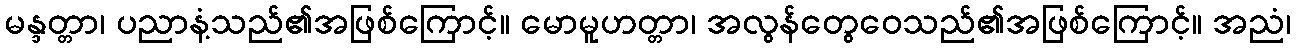
မန္ဒတ္တာ၊ ပညာနံ့သည်၏အဖြစ်ကြောင့်။ မောမူဟတ္တာ၊ အလွန်တွေဝေသည်၏အဖြစ်ကြောင့်။ အညံ၊